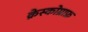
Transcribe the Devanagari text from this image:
क्रेस्कोग्राफ़